Civil Veterinary Dept. Assam report 1911-1927 - 1911-1927
Year: 1911
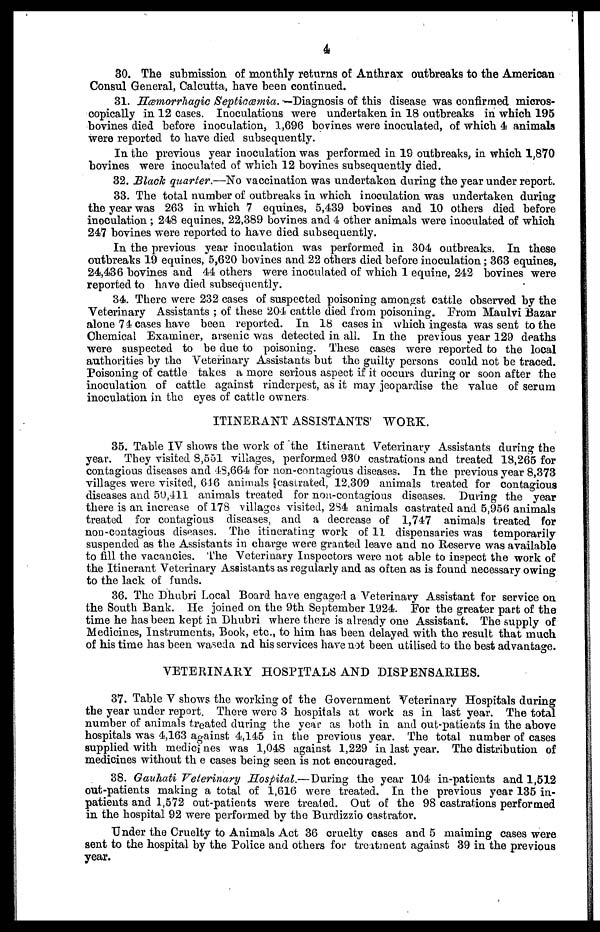
4
30. The submission of monthly returns of Anthrax outbreaks to the American
Consul General, Calcutta, have been continued.
31. Hæmorrhagic Septicæmia. —Diagnosis of this disease was confirmed micros-
copically in 12 cases. Inoculations were undertaken in 18 outbreaks in which 195
bovines died before inoculation, 1,696 bovines were inoculated, of which 4 animals
were reported to have died subsequently.
In the previous year inoculation was performed in 19 outbreaks, in which 1,870
bovines were inoculated of which 12 bovines subsequently died.
32. Black quarter.—No vaccination was undertaken during the year under report.
33. The total number of outbreaks in which inoculation was undertaken during
the year was 263 in which 7 equines, 5,439 bovines and 10 others died before
inoculation ; 248 equines, 22,389 bovines and 4 other animals were inoculated of which
247 bovines were reported to have died subsequently.
In the previous year inoculation was performed in 304 outbreaks. In these
outbreaks 19 equines, 5,620 bovines and 22 others died before inoculation; 363 equines,
24,436 bovines and 44 others were inoculated of which 1 equine, 242 bovines were
reported to have died subsequently.
34. There were 232 cases of suspected poisoning amongst cattle observed by the
Veterinary Assistants ; of these 204 cattle died from poisoning. From Maulvi Bazar
alone 7 4 cases have been reported. In 18 cases in which ingesta was sent to the
Chemical Examiner, arsenic was detected in all. In the previous year 129 deaths
were suspected to be due to poisoning. These cases were reported to the local
authorities by the Veterinary Assistants but the guilty persons could not be traced.
Poisoning of cattle takes a more serious aspect if it occurs during or soon after the
inoculation of cattle against rinderpest, as it may jeopardise the value of serum
inoculation in the eyes of cattle owners
ITINERANT ASSISTANTS WORK.
35. Table IV shows the work of the Itinerant Veterinary Assistants during the
year. They visited 8,551 villages, performed 930 castrations and treated 18,265 for
contagious diseases and 48,664 for non-contagious diseases. In the previous year 8,373
villages were visited, 616 animals castrated, 12,309 animals treated for contagious
diseases and 50,411 animals treated for non-contagious diseases. During the year
there is an increase of 178 villages visited, 2S4 animals castrated and 5,956 animals
treated for contagious diseases, and a decrease of 1,747 animals treated for
non-contagious diseases. The itinerating work of 11 dispensaries was temporarily
suspended as the Assistants in charge were granted leave and no Reserve was available
to fill the vacancies. The Veterinary Inspectors were not able to inspect the work of
the Itinerant Veterinary Assistants as regularly and as often as is found necessary owing
to the lack of funds.
36. The Dhubri Local Board have engaged a Veterinary Assistant for service on
the South Bank. He joined on the 9th September 1924. For the greater part of the
time he has been kept in Dhubri where there is already one Assistant. The supply of
Medicines, Instruments, Book, etc., to him has been delayed with the result that much
of his time has been waseda nd his services have not been utilised to the best advantage.
VETERINARY HOSPITALS AND DISPENSARIES.
37. Table V shows the working of the Government Veterinary Hospitals during
the year under report. There were 3 hospitals at work as in last year. The total
number of animals treated during the year as both in and out-patients in the above
hospitals was 4,163 against 4,145 in the previous year. The total number of cases
supplied with medicines was 1,048 against 1,229 in last year. The distribution of
medicines without the cases being seen is not encouraged.
38. Gauhati Veterinary Hospital.— During the year 104 in-patients and 1,512
out-patients making a total of 1,616 were treated. In the previous year 135 in-
patients and 1,572 out-patients were treated. Out of the 98 castrations performed
in the hospital 92 were performed by the Burdizzio castrator.
Under the Cruelty to Animals Act 36 cruelty cases and 5 maiming cases were
sent to the hospital by the Police and others for treatment against 39 in the previous
year.